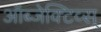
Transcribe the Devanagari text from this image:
ऑब्जेक्टिव्स्